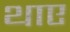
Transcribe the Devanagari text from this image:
थाए